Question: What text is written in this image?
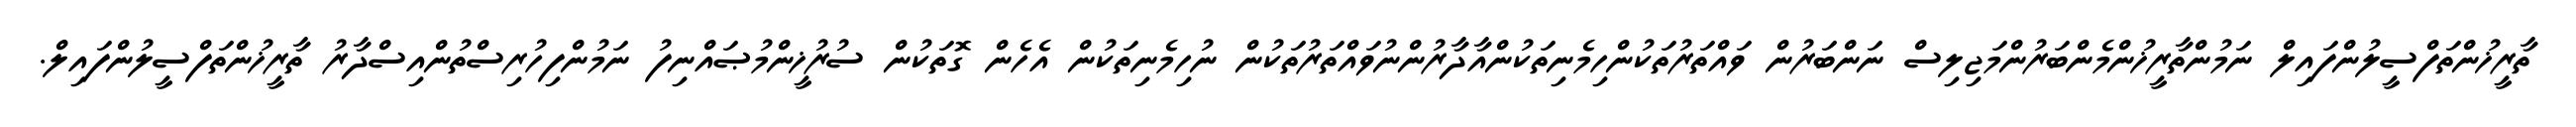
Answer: ތާރީޚުންތަފްސީލުންފައިލް ނަމުންތާރީޚުންމެންބަރުންމަޖިލިސް ނަންބަރުން ވައްތަރުތަކުންހިމެނިތަކުންއާދާރުންނުވައްތަރުތަކުން ނުހިމެނިތަކުން އެހެން ގޮތަކުން ސުރުޚީންމުޞައްނިފު ނަމުންފިހުރިސްތުންއިސްދާރު ތާރީޚުންތަފްސީލުންފައިލް.